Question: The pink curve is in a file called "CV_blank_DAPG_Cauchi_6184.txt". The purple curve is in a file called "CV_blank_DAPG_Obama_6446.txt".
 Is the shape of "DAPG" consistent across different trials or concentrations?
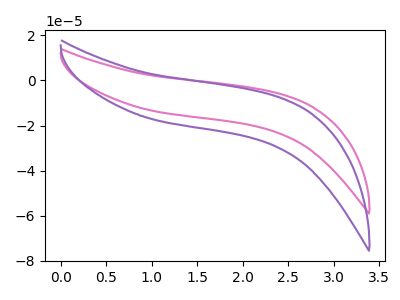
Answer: <think>The pink curve "DAPG, blank1" has no peaks. The purple curve "DAPG, blank2" has no peaks.
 Neither "DAPG, blank1" or "DAPG, blank2" have any peaks.</think>
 <answer>All the CV's of "DAPG" have similar shape.</answer>
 <eval>follow_rule</eval>